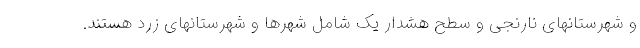
و شهرستانهای نارنجی و سطح هشدار یک شامل شهرها و شهرستانهای زرد هستند.